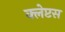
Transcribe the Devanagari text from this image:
क्लेप्टस